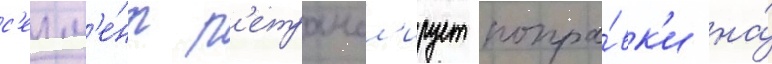
с'егм'е́нт р'етрансл'ирует попра́вк'и на́